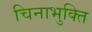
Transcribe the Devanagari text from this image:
चिनाभुक्ति